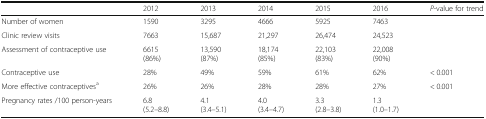
|  | 2012 | 2013 | 2014 | 2015 | 2016 | P-value for trend |
 | --- | --- | --- | --- | --- | --- | --- |
 | Number of women | 1590 | 3295 | 4666 | 5925 | 7463 |  |
 | Clinic review visits | 7663 | 15,687 | 21,297 | 26,474 | 24,523 |  |
 | Assessment of contraceptive use | 6615(86%) | 13,590(87%) | 18,174(85%) | 22,103(83%) | 22,008(90%) |  |
 | Contraceptive use | 28% | 49% | 59% | 61% | 62% | < 0.001 |
 | More effective contraceptivesa | 26% | 26% | 28% | 28% | 27% | < 0.001 |
 | Pregnancy rates /100 person-years | 6.8(5.2–8.8) | 4.1(3.4–5.1) | 4.0(3.4–4.7) | 3.3(2.8–3.8) | 1.3(1.0–1.7) |  |